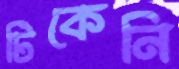
টিকেনি